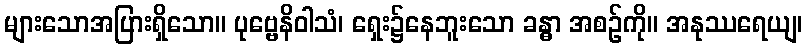
များသောအပြားရှိသော။ ပုဗ္ဗေနိဝါသံ၊ ရှေး၌နေဘူးသော ခန္ဓာ အစဉ်ကို။ အနုဿရေယျ၊